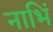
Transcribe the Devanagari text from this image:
नाभिं